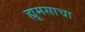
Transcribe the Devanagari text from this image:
ह्यूमसाचा